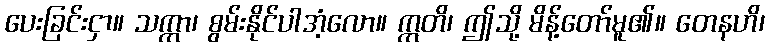
ပေးခြင်းငှာ။ သက္ကာ၊ စွမ်းနိုင်ပါအံ့လော။ ဣတိ၊ ဤသို့ မိန့်တော်မူ၏။ တေနဟိ၊